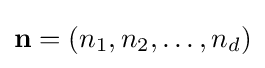
\mathbf {n} =(n_{1},n_{2},\dots ,n_{d})